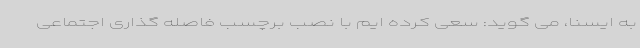
به ایسنا، می گوید: سعی کرده ایم با نصب برچسب فاصله گذاری اجتماعی